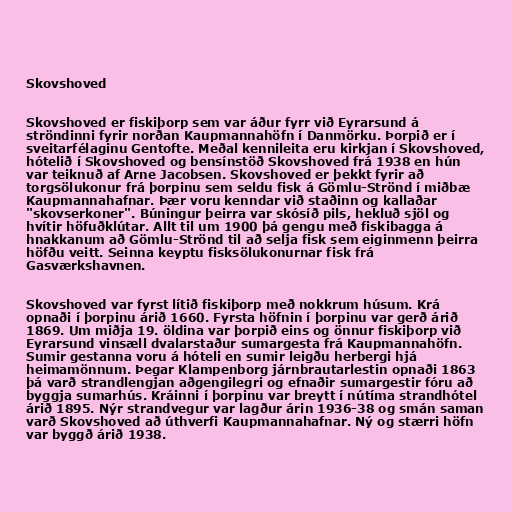
Skovshoved

Skovshoved er fiskiþorp sem var áður fyrr við Eyrarsund á
ströndinni fyrir norðan Kaupmannahöfn í Danmörku. Þorpið er í
sveitarfélaginu Gentofte. Meðal kennileita eru kirkjan í Skovshoved,
hótelið í Skovshoved og bensínstöð Skovshoved frá 1938 en hún
var teiknuð af Arne Jacobsen. Skovshoved er þekkt fyrir að
torgsölukonur frá þorpinu sem seldu fisk á Gömlu-Strönd í miðbæ
Kaupmannahafnar. Þær voru kenndar við staðinn og kallaðar
"skovserkoner". Búningur þeirra var skósíð pils, hekluð sjöl og
hvítir höfuðklútar. Allt til um 1900 þá gengu með fiskibagga á
hnakkanum að Gömlu-Strönd til að selja fisk sem eiginmenn þeirra
höfðu veitt. Seinna keyptu fisksölukonurnar fisk frá
Gasværkshavnen.

Skovshoved var fyrst lítið fiskiþorp með nokkrum húsum. Krá
opnaði í þorpinu árið 1660. Fyrsta höfnin í þorpinu var gerð árið
1869. Um miðja 19. öldina var þorpið eins og önnur fiskiþorp við
Eyrarsund vinsæll dvalarstaður sumargesta frá Kaupmannahöfn.
Sumir gestanna voru á hóteli en sumir leigðu herbergi hjá
heimamönnum. Þegar Klampenborg járnbrautarlestin opnaði 1863
þá varð strandlengjan aðgengilegri og efnaðir sumargestir fóru að
byggja sumarhús. Kráinni í þorpinu var breytt í nútíma strandhótel
árið 1895. Nýr strandvegur var lagður árin 1936-38 og smán saman
varð Skovshoved að úthverfi Kaupmannahafnar. Ný og stærri höfn
var byggð árið 1938.